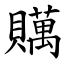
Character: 贎